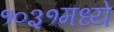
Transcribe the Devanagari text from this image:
१०३१मध्ये